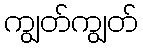
ကျွတ်ကျွတ်